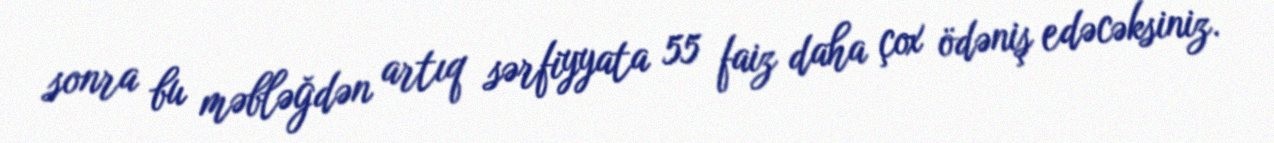
sonra bu məbləğdən artıq sərfiyyata 55 faiz daha çox ödəniş edəcəksiniz.